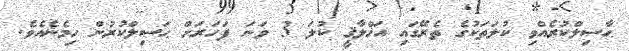
ޙާސިލްކުރެއްވި ކުލަތަކުގެ ތެރޭގައި އަޚްލާޤީ ކުލަ 3 ވަނަ ފަހަރަށް ޙަސިލްކުރުން ހިމެނެއެވެ.